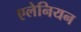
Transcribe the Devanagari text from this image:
एलेनियन